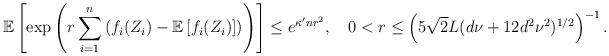
LaTeX: \begin{align*}\mathbb{E}\left[\exp\left(r\sum_{i=1}^n \left( f_i(Z_i) - \mathbb{E}\left[f_i(Z_i)\right] \right)\right) \right] \leq e^{\kappa' n r^2},\quad0 < r \leq \left(5\sqrt{2}L(d\nu+12d^2\nu^2)^{1/2}\right)^{-1}.\end{align*}